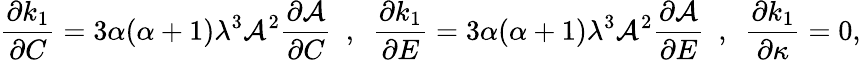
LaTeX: \frac{\partial k_{1}}{\partial C}=3\alpha(\alpha+1)\lambda^{3}\mathcal{A}^{2}\frac{\partial\mathcal{A}}{\partial C}~~,~~\frac{\partial k_{1}}{\partial E}=3\alpha(\alpha+1)\lambda^{3}\mathcal{A}^{2}\frac{\partial\mathcal{A}}{\partial E}~~,~~\frac{\partial k_{1}}{\partial\kappa}=0,